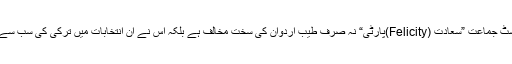
اس کے باوجود یہ دلچسپ حقیقت ہے کہ ترکی کی معروف اسلامسٹ جماعت ”سعادت (Felicity)پارٹی“ نہ صرف طیب اردوان کی سخت مخالف ہے بلکہ اس نے ان انتخابات میں ترکی کی سب سے بڑی سیکولر جماعت( محرم انسے کی)CHP سے ا تحاد کیا تھا۔